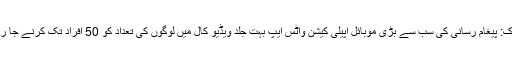
نیویارک: پیغام رسانی کی سب سے بڑی موبائل اپیلی کیشن واٹس ایپ بہت جلد ویڈیو کال میں لوگوں کی تعداد کو 50 افراد تک کرنے جا رہا ہے۔